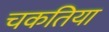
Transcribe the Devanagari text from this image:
चकतिया